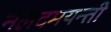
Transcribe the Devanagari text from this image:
नलदमयन्ती